Lunatic asylums Burma 1922-24 - 1922-1924
Year: 1922
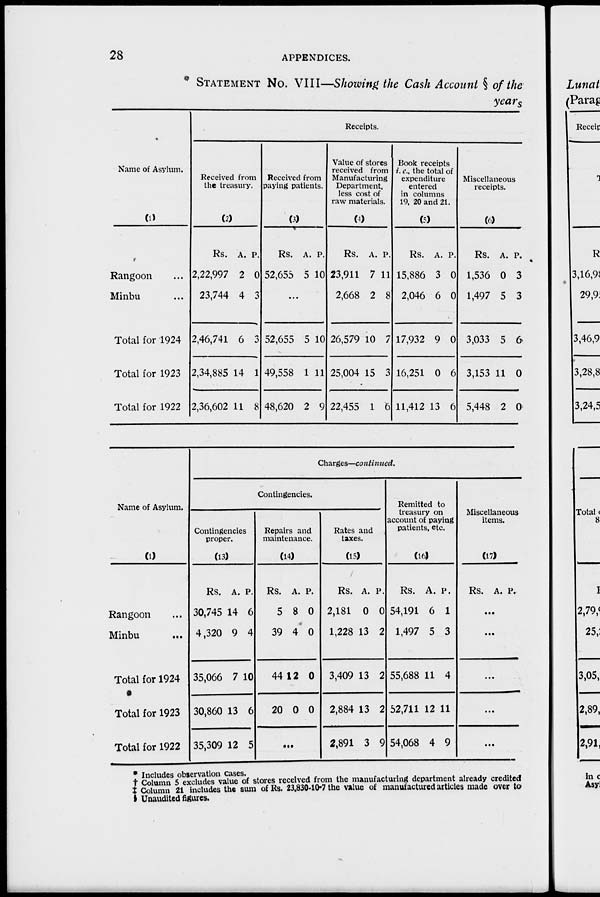
28
APPENDICES.
* STATEMENT No. VIII—Showing the Cash Account § of the
years
Name of Asylum.
(1)
Rangoon ...
Minbu ...
Total for 1924
Total for 1923
Total for 1922
Receipts.
Received from
the treasury.
(2)
Rs.
2,22,997
23,744
2,46,741
2,34,885
2,36,602
A.
2
4
6
14
11
P.
0
3
3
1
8
Received from
paying patients.
(3)
Rs.
52,655
A.
5
P.
10
...
52,655
49,558
48,620
5
1
2
10
11
9
Value of stores
received from
Manufacturing
Department,
less cost of
raw materials.
(4)
Rs.
23,911
2,668
26,579
25,004
22,455
A.
7
2
10
15
1
P.
11
8
7
3
6
Book receipts
i. e., the total of
expenditure
entered
in columns
19, 20 and 21.
(5)
Rs.
15,886
2,046
17,932
16,251
11,412
A.
3
6
9
0
13
P.
0
0
0
6
6
Miscellaneous
receipts.
(6)
Rs.
1,536
1,497
3,033
3,153
5,448
A.
0
5
5
11
2
P.
3
3
6
0
0
Name of Asylum.
(1)
Rangoon ...
Minbu ...
Total for 1924
Total for 1923
Total for 1922
Charges—continued.
Contingencies.
Contingencies
proper.
(13)
Rs.
30,745
4,320
35,066
30,860
35,309
A.
14
9
7
13
12
P.
6
4
10
6
5
Repairs and
maintenance.
(14)
Rs.
5
39
44
20
A.
8
4
12
0
P.
0
0
0
0
...
Rates and
taxes.
(15)
Rs.
2,181
1,228
3,409
2,884
2,891
A.
0
13
13
13
3
P.
0
2
2
2
9
Remitted to
treasury on
account of paying
patients, etc.
(16)
Rs.
54,191
1,497
55,688
52,711
54,068
A.
6
5
11
12
4
P.
1
3
4
11
9
Miscellaneous
items.
(17)
Rs. A. P.
...
...
...
...
...
* Includes observation cases
† Column 5 excludes value of stores received from the manufacturing department already credited
‡ Column 21 includes the sum of Rs. 23,830-10-7 the value of manufactured articles made over to
§ Unaudited figures.